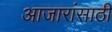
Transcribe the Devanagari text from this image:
अाजारांसाठी